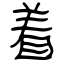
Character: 着